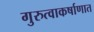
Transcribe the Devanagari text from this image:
गुरुत्वाकर्षाणात